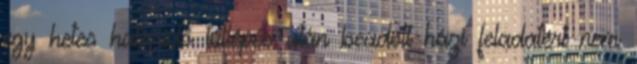
egy hetes határidő túllépés után beadott házi feladatért nem